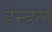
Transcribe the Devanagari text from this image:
हैन्डल